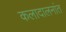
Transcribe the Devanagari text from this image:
कलादालनांत